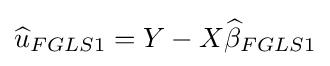
{\widehat {u}}_{FGLS1}=Y-X{\widehat {\beta }}_{FGLS1}